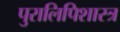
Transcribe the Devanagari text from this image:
पुरालिपिशास्त्र